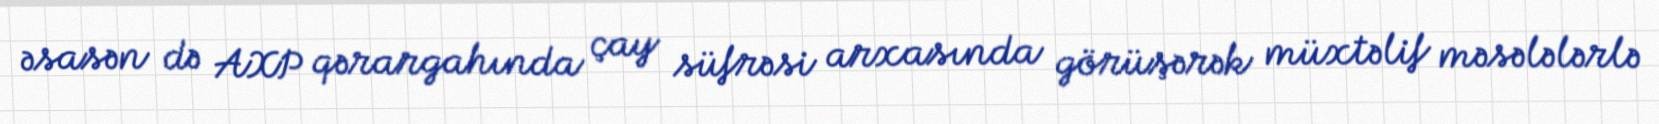
əsasən də AXP qərargahında çay süfrəsi arxasında görüşərək müxtəlif məsələlərlə